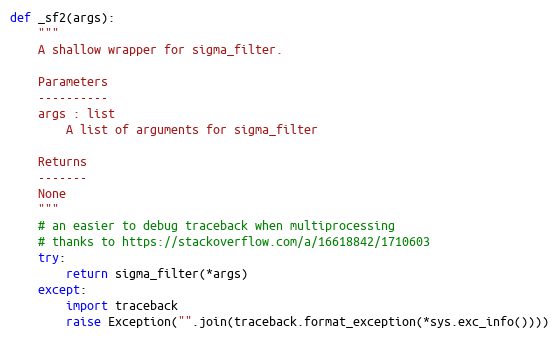
Language: Python
def _sf2(args):
    """
    A shallow wrapper for sigma_filter.

    Parameters
    ----------
    args : list
        A list of arguments for sigma_filter

    Returns
    -------
    None
    """
    # an easier to debug traceback when multiprocessing
    # thanks to https://stackoverflow.com/a/16618842/1710603
    try:
        return sigma_filter(*args)
    except:
        import traceback
        raise Exception("".join(traceback.format_exception(*sys.exc_info())))